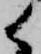
候